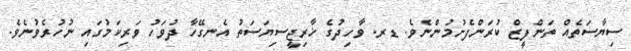
ސިޔާސަތެއް ތަންފީޒް ކުރަންފެށުމުންނެވެ. ޑރ. ވާހިދުގެ ޚާރިޖީސިޔަސަތު އެނގޭހާ ދުވަހު ވަރިކަމުގައި ނުހުރެވުނެވެ.